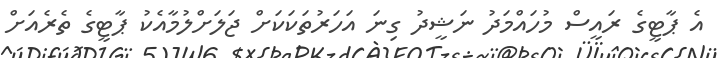
އެ ޕާޓީގެ ރައީސް މުހައްމަދު ނަޝީދު ގިނަ އަހަރުތަކަކަށް ޖަލަށްލުމާއެކު ޕާޓީގެ ތެރެއަށް